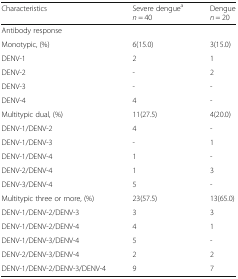
| Characteristics | Severe denguean = 40 | Denguen = 20 |
 | --- | --- | --- |
 | <COLSPAN=3> Antibody response |
 | Monotypic, (%) | 6(15.0) | 3(15.0) |
 | DENV-1 | 2 | 1 |
 | DENV-2 | - | 2 |
 | DENV-3 | - | - |
 | DENV-4 | 4 | - |
 | Multitypic dual, (%) | 11(27.5) | 4(20.0) |
 | DENV-1/DENV-2 | 4 | - |
 | DENV-1/DENV-3 | - | 1 |
 | DENV-1/DENV-4 | 1 | - |
 | DENV-2/DENV-4 | 1 | 3 |
 | DENV-3/DENV-4 | 5 | - |
 | Multitypic three or more, (%) | 23(57.5) | 13(65.0) |
 | DENV-1/DENV-2/DENV-3 | 3 | 3 |
 | DENV-1/DENV-2/DENV-4 | 4 | 1 |
 | DENV-1/DENV-3/DENV-4 | 5 | - |
 | DENV-2/DENV-3/DENV-4 | 2 | 2 |
 | DENV-1/DENV-2/DENV-3/DENV-4 | 9 | 7 |